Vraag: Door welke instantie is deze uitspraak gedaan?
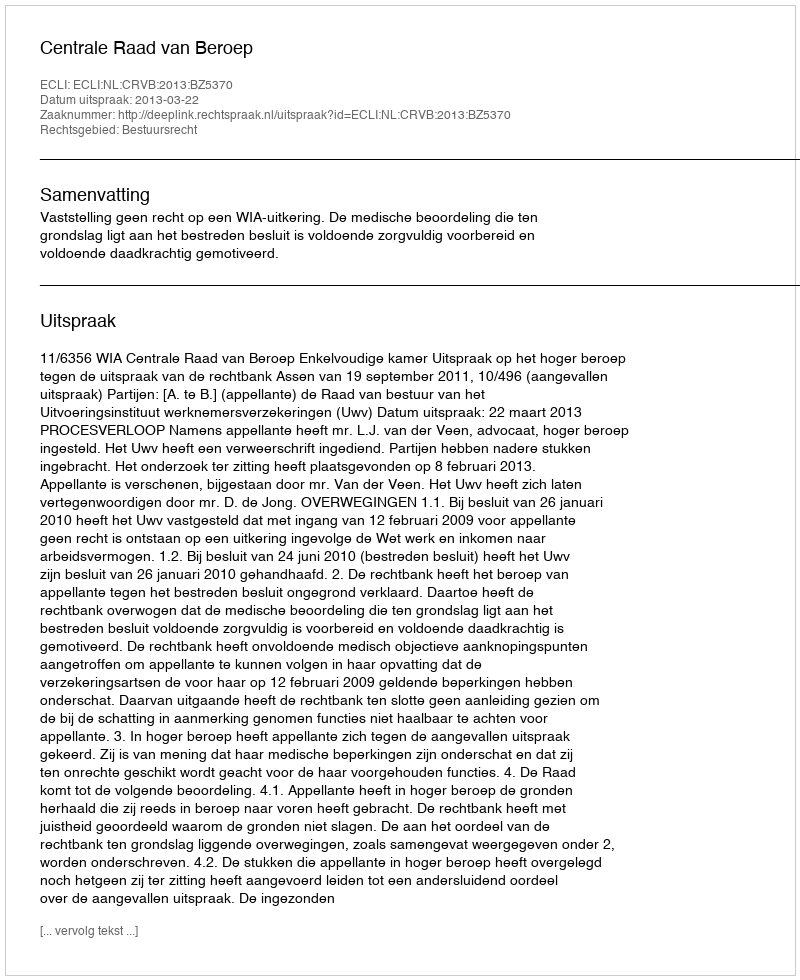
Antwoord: Centrale Raad van Beroep